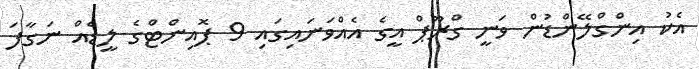
އެކު އިންގްލޭންޑުން ވަނީ ގްރޫޕް އީގެ އެއްވަނައިގައި 9 ޕޮއިންޓްގެ ލީޑެއް ނަގާފަ